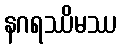
နဂရဿိမဿ